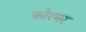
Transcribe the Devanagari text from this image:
फोरमर